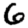
Digit: 6